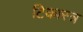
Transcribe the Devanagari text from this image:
टिकास्त्र